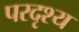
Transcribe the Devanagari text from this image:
परदृश्य